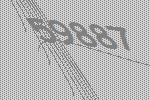
59887